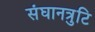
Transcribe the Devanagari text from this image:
संघानत्रुटि